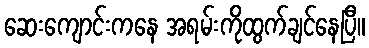
ဆေးကျောင်းကနေ အရမ်းကိုထွက်ချင်နေပြီ။